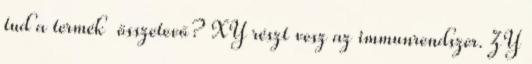
tud a termék összetevő? XY részt vesz az immunrendszer. ZY